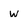
Character: w